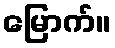
မြောက်။